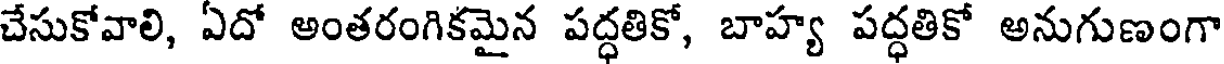
చేసుకోవాలి, ఏదో అంతరంగికమైన పద్ధతికో, బాహ్య పద్ధతికో అనుగుణంగా